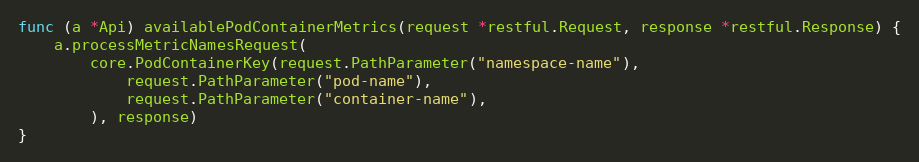
Language: Go
func (a *Api) availablePodContainerMetrics(request *restful.Request, response *restful.Response) {
	a.processMetricNamesRequest(
		core.PodContainerKey(request.PathParameter("namespace-name"),
			request.PathParameter("pod-name"),
			request.PathParameter("container-name"),
		), response)
}